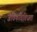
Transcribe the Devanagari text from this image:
जैविकविविधता